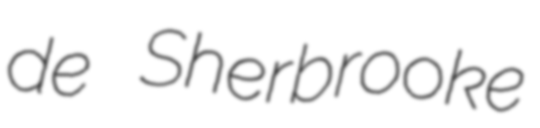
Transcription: de Sherbrooke